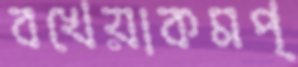
বখেয়াকমপ্